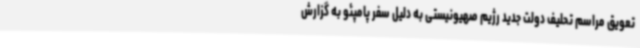
تعویق مراسم تحلیف دولت جدید رژیم صهیونیستی به دلیل سفر پامپئو به گزارش